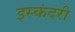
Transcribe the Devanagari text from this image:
इस्कंदरी